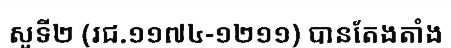
សូទី២ (រជ.១១៧៤-១២១១) បានតែងតាំង